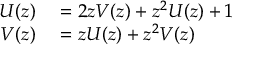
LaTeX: \begin{array} { r l } { U ( z ) } & { { } = 2 z V ( z ) + z ^ { 2 } U ( z ) + 1 } \\ { V ( z ) } & { { } = z U ( z ) + z ^ { 2 } V ( z ) } \end{array}